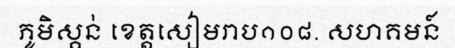
ភូមិស្គន់ ខេត្តសៀមរាប១០៨. សហគមន៍